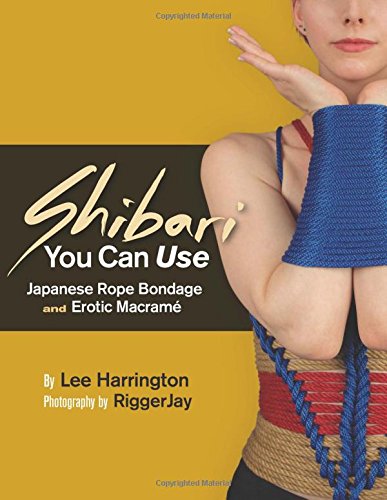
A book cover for Shibari You Can Use: Japanese Rope Bondage and Erotic MacramÃ©; Lee Harrington; Self-Help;